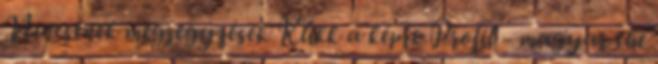
Nincsenek megjegyzések Klikk a képre Profil - magyar the